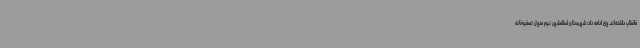
فاضلاب داشته‌اند. وی ادامه داد: شهرستان اسلامشهر نیم مدول تصفیه‌خانه